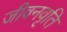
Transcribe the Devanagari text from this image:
जीवनवृति